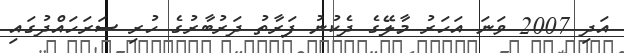
އަދި 2007 ވަނަ އަހަރު މާލޭގެ ދެކުނު ފަރާތު ދަރުބާރުގެ ހުރި ސަރަހައްދުގައި